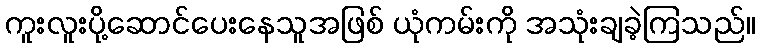
ကူးလူးပို့ဆောင်ပေးနေသူအဖြစ် ယုံကမ်းကို အသုံးချခဲ့ကြသည်။